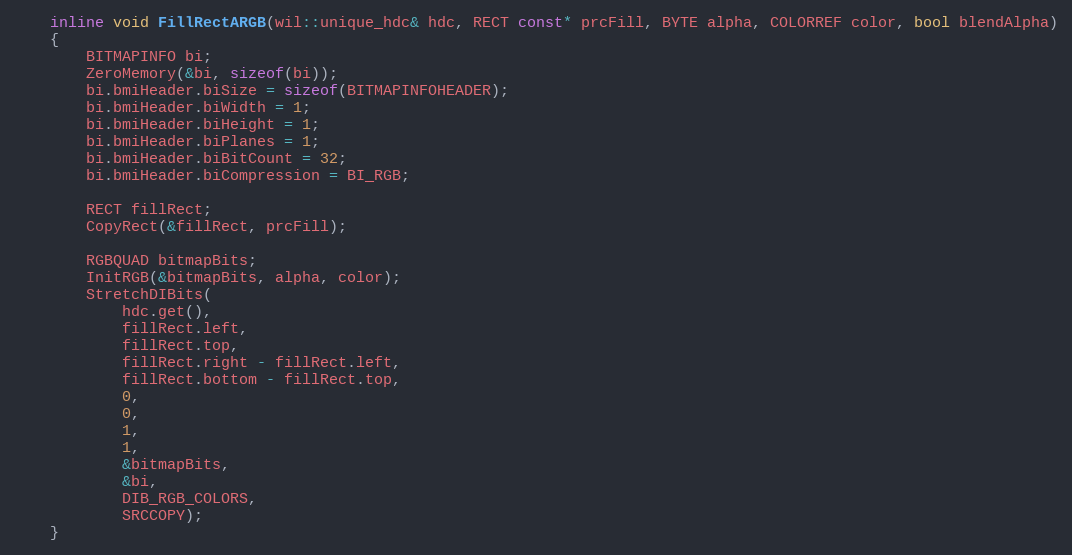
Language: C
    inline void FillRectARGB(wil::unique_hdc& hdc, RECT const* prcFill, BYTE alpha, COLORREF color, bool blendAlpha)
    {
        BITMAPINFO bi;
        ZeroMemory(&bi, sizeof(bi));
        bi.bmiHeader.biSize = sizeof(BITMAPINFOHEADER);
        bi.bmiHeader.biWidth = 1;
        bi.bmiHeader.biHeight = 1;
        bi.bmiHeader.biPlanes = 1;
        bi.bmiHeader.biBitCount = 32;
        bi.bmiHeader.biCompression = BI_RGB;

        RECT fillRect;
        CopyRect(&fillRect, prcFill);

        RGBQUAD bitmapBits;
        InitRGB(&bitmapBits, alpha, color);
        StretchDIBits(
            hdc.get(),
            fillRect.left,
            fillRect.top,
            fillRect.right - fillRect.left,
            fillRect.bottom - fillRect.top,
            0,
            0,
            1,
            1,
            &bitmapBits,
            &bi,
            DIB_RGB_COLORS,
            SRCCOPY);
    }